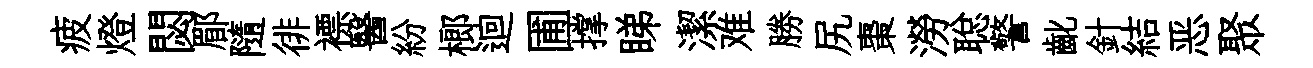
疲燈閟郿隨徘褾醫紛榔迴圃撑睇潔难勝尻棗澇聪警齔針結恶聚